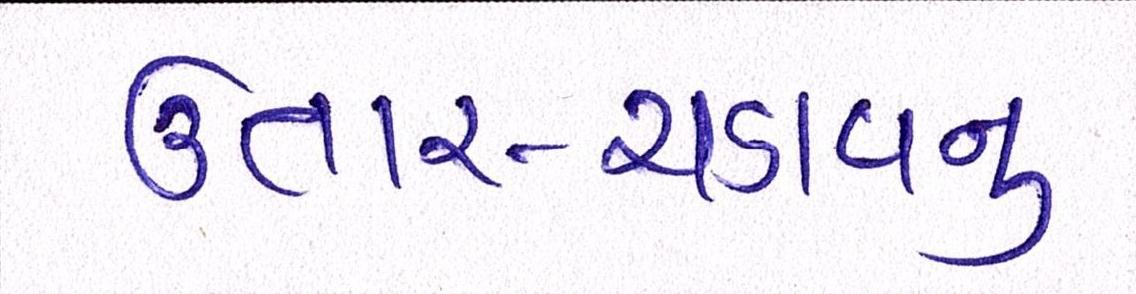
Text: ઉતાર-ચડાવનું